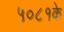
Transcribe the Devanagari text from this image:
५०८१के